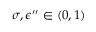
\sigma , \epsilon ^ { \prime \prime } \in ( 0 , 1 )